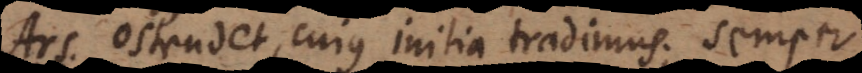
Ars ostendet cujus initia tradimus; semper